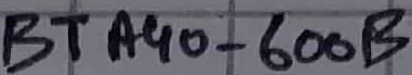
Text: BTA40-600B